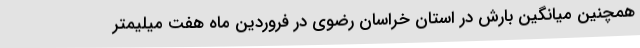
همچنین میانگین بارش در استان خراسان رضوی در فروردین ماه هفت میلیمتر